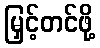
မြှင့်တင်ဖို့